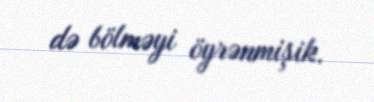
də bölməyi öyrənmişik.